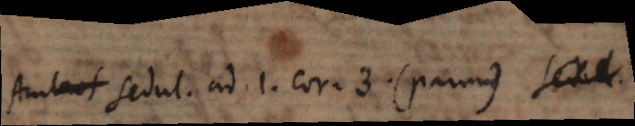
Sedul. ad 1. Cor. 3. (parum)